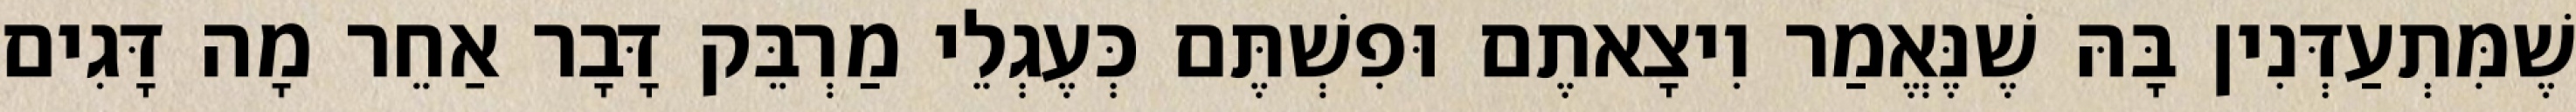
שֶׁמִּתְעַדְּנִין בָּהּ שֶׁנֶּאֱמַר וִיצָאתֶם וּפִשְׁתֶּם כְּעֶגְלֵי מַרְבֵּק דָּבָר אַחֵר מָה דָּגִים